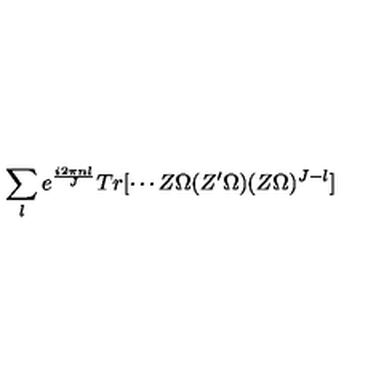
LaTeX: \sum _ { l } e ^ { \frac { i 2 \pi n l } { J } } T r [ \cdots Z \Omega ( Z ^ { \prime } \Omega ) ( Z \Omega ) ^ { J - l } ]